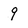
Character: 9